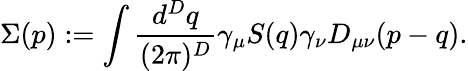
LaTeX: \Sigma(p):=\int{\frac{d^{D}q}{(2\pi)^{D}}}\gamma_{\mu}S(q)\gamma_{\nu}D_{\mu\nu}(p-q).